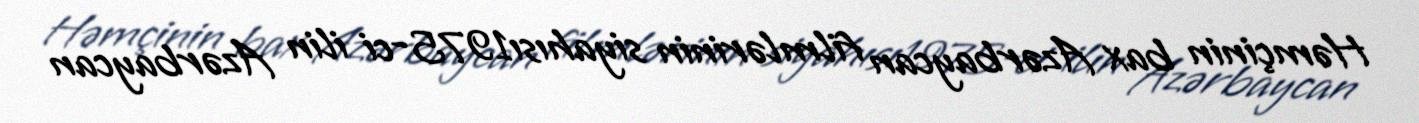
Həmçinin bax Azərbaycan filmlərinin siyahısı1975-ci ilin Azərbaycan